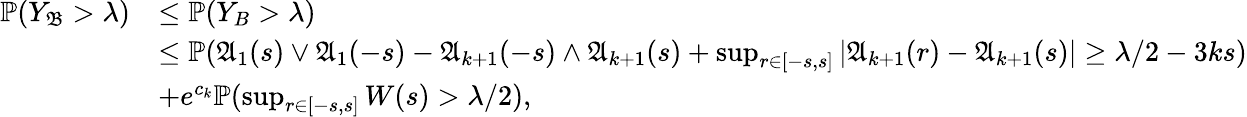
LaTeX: \begin{array}{rl}{\mathbb{P}(Y_{\mathfrak{B}}>\lambda)}&{\le\mathbb{P}(Y_{B}>\lambda)}\\ &{\le\mathbb{P}(\mathfrak{A}_{1}(s)\vee\mathfrak{A}_{1}(-s)-\mathfrak{A}_{k+1}(-s)\wedge\mathfrak{A}_{k+1}(s)+\operatorname*{sup}_{r\in[-s,s]}|\mathfrak{A}_{k+1}(r)-\mathfrak{A}_{k+1}(s)|\ge\lambda/2-3ks)}\\ &{+e^{c_{k}}\mathbb{P}(\operatorname*{sup}_{r\in[-s,s]}W(s)>\lambda/2),}\end{array}